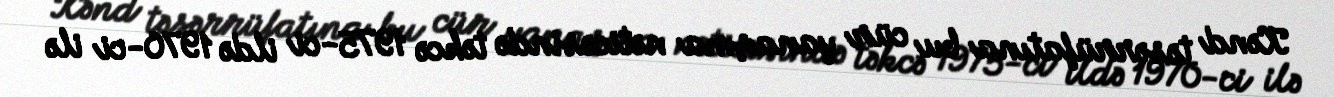
Kənd təsərrüfatına bu cür yanaşma nəticəsində təkcə 1975-ci ildə 1970-ci ilə